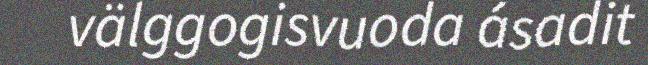
välggogisvuoda ásadit